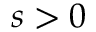
s > 0